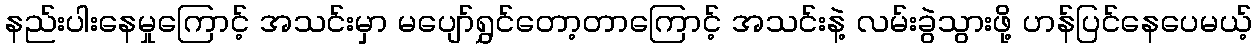
နည်းပါးနေမှုကြောင့် အသင်းမှာ မပျော်ရွှင်တော့တာကြောင့် အသင်းနဲ့ လမ်းခွဲသွားဖို့ ဟန်ပြင်နေပေမယ့်